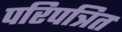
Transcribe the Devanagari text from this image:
परिपत्रित